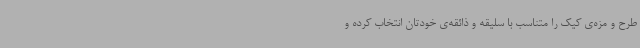
طرح و مزه‌ی کیک را متناسب با سلیقه و ذائقه‌ی خودتان انتخاب کرده و